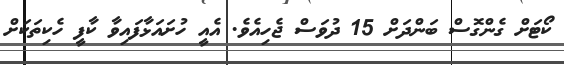
ކޯޓަށް ގެންގޮސް ބަންދަށް 15 ދުވަސް ޖެހިއެވެ. އެއީ ހުށައަޅާފައިވާ ކާފީ ހެކިތަކަށް